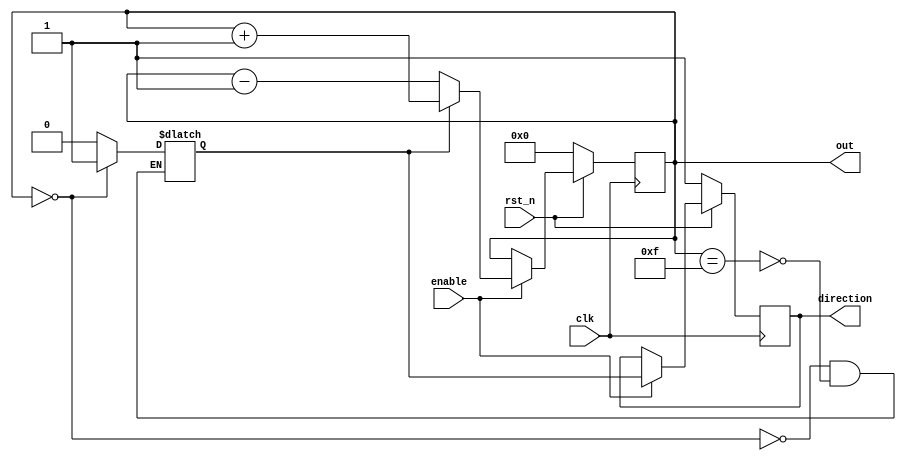
`timescale 1ns/1ps 

module Parameterized_Ping_Pong_Counter (clk, rst_n, enable, direction, out);
input clk, rst_n;
input enable;
//input flip;
//input  [4-1:0] max;
//input  [4-1:0] min;
output reg direction;
output reg [4-1:0] out;
reg tempdir;
reg [4-1:0] tempout;

always @(posedge clk) begin
    if(rst_n==0) begin
        out <=4'b0000;
        direction <=1;
    end
    else begin
        if(enable==1 ) begin
            out <=tempout;
            direction <= tempdir;
        end
        else begin
        end
    end
end

always @(*) begin

    if(out==4'b1111) begin
        tempdir = 1'b0;
    end
    else begin
        tempdir = tempdir;
    end
    if(out ==4'b0000) begin
        tempdir = 1'b1;
    end
    else begin
        tempdir = tempdir;
    end
end
always @(*) begin
    if( tempdir==1'b1 ) begin
        tempout = out+1;
    end
    else begin
        tempout = out-1; 
    end
end


    

endmodule